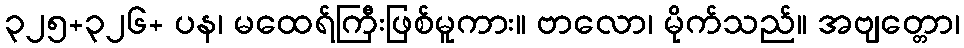
၃၂၅+၃၂၆+ ပန၊ မထေရ်ကြီးဖြစ်မူကား။ ဗာလော၊ မိုက်သည်။ အဗျတ္တော၊